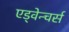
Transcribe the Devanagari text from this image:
एड्वेन्चर्स